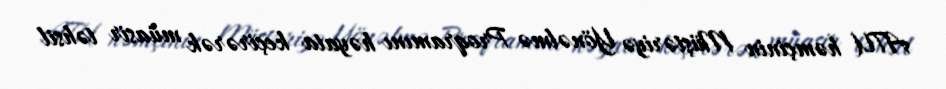
ATU həmçinin Müştəriyə Yönəlmə Proqramını həyata keçirərək müasir təhsil